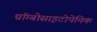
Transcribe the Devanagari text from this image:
थ्रॉम्बोसाइटोपेनिक